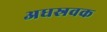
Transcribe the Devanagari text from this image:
अधस्रवक